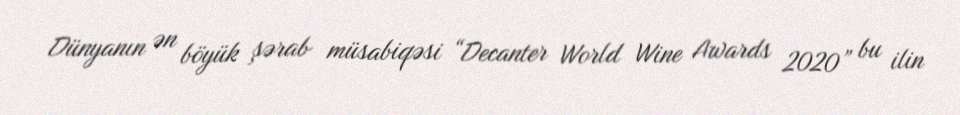
Dünyanın ən böyük şərab müsabiqəsi “Decanter World Wine Awards 2020” bu ilin